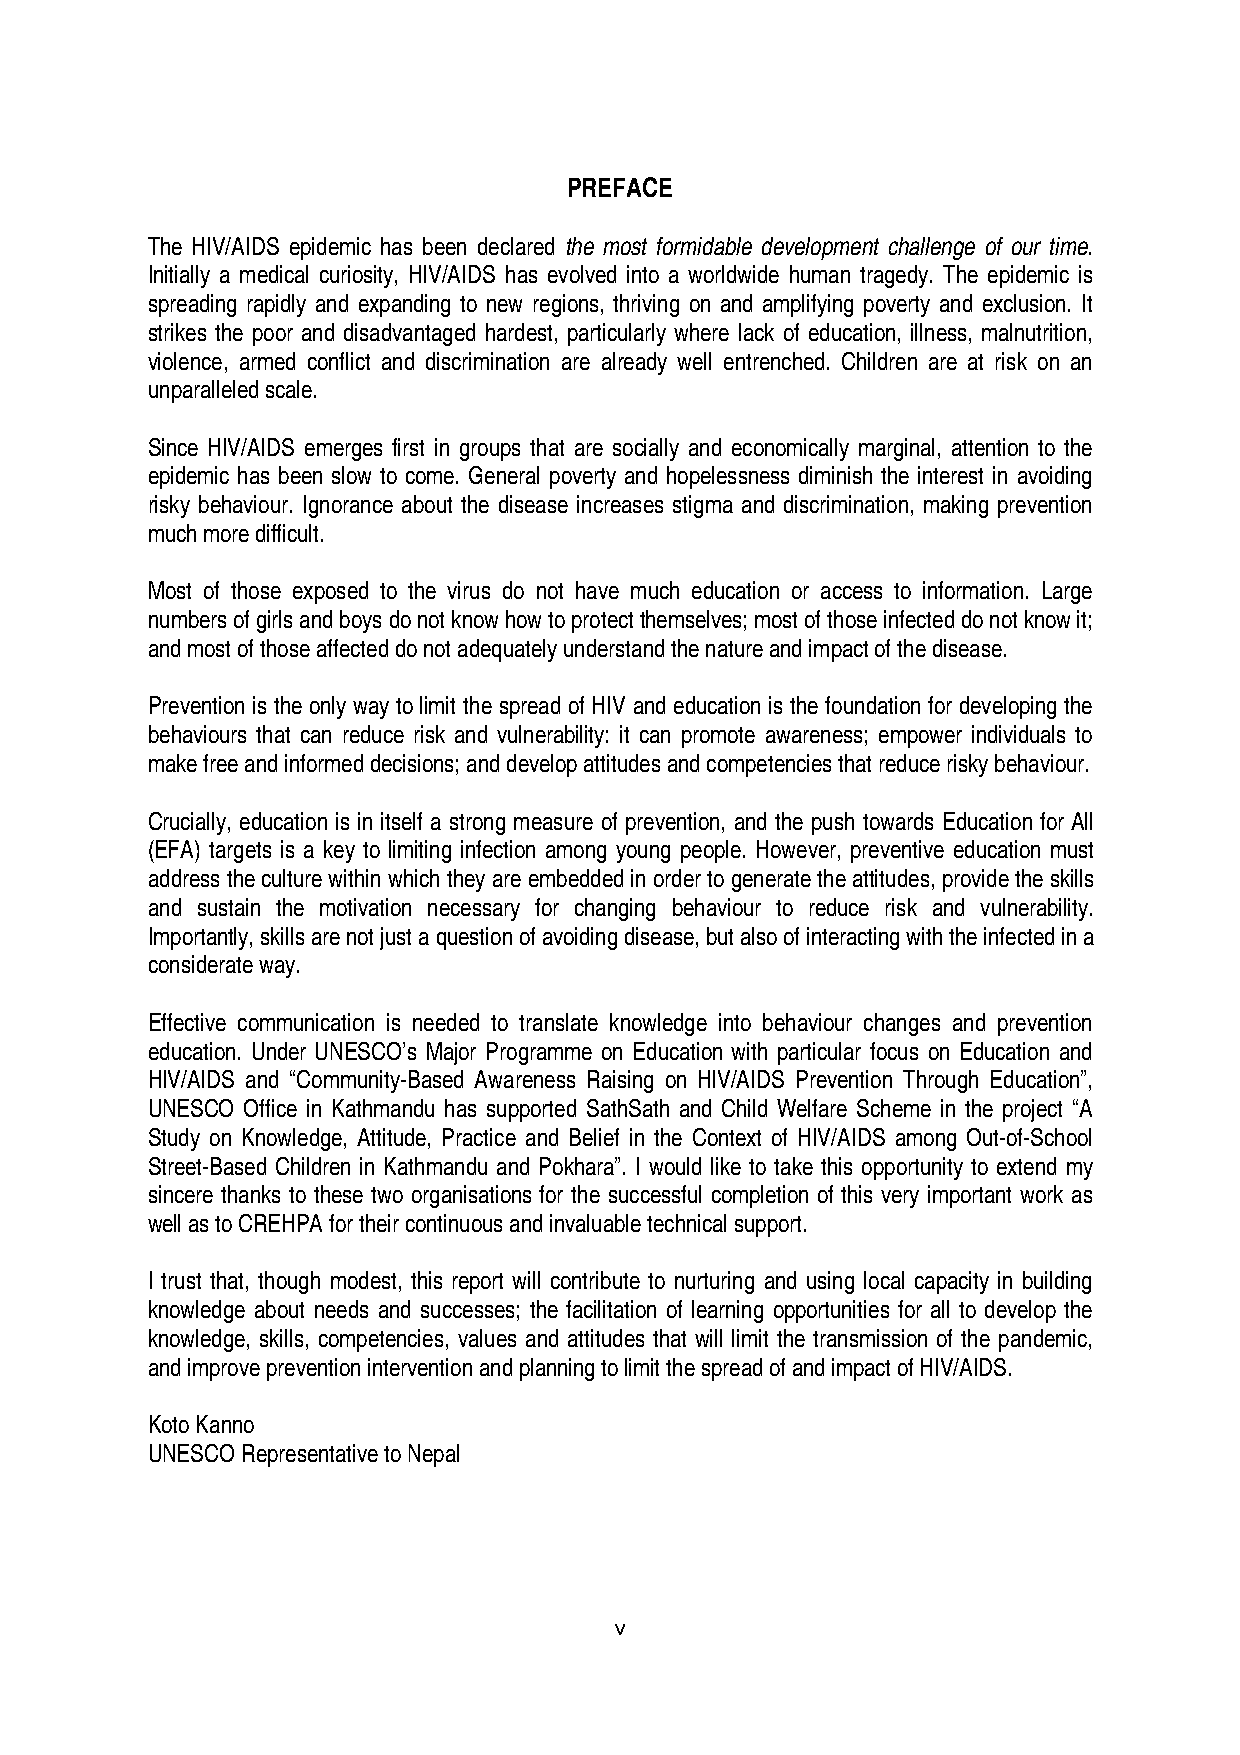
PREFACE
 The HIV/AIDS epidemic has been declared the most formidable development challenge of our time.
 Initially a medical curiosity, HIV/AIDS has evolved into a worldwide human tragedy. The epidemic is
 spreading rapidly and expanding to new regions, thriving on and amplifying poverty and exclusion. It
 strikes the poor and disadvantaged hardest, particularly where lack of education, illness, malnutrition,
 violence, armed conflict and discrimination are already well entrenched. Children are at risk on an
 unparalleled scale.
 Since HIV/AIDS emerges first in groups that are socially and economically marginal, attention to the
 epidemic has been slow to come. General poverty and hopelessness diminish the interest in avoiding
 risky behaviour. Ignorance about the disease increases stigma and discrimination, making prevention
 much more difficult.
 Most of those exposed to the virus do not have much education or access to information. Large
 numbers of girls and boys do not know how to protect themselves; most of those infected do not know it;
 and most of those affected do not adequately understand the nature and impact of the disease.
 Prevention is the only way to limit the spread of HIV and education is the foundation for developing the
 behaviours that can reduce risk and vulnerability: it can promote awareness; empower individuals to
 make free and informed decisions; and develop attitudes and competencies that reduce risky behaviour.
 Crucially, education is in itself a strong measure of prevention, and the push towards Education for All
 (EFA) targets is a key to limiting infection among young people. However, preventive education must
 address the culture within which they are embedded in order to generate the attitudes, provide the skills
 and sustain the motivation necessary for changing behaviour to reduce risk and vulnerability.
 Importantly, skills are not just a question of avoiding disease, but also of interacting with the infected in a
 considerate way.
 Effective communication is needed to translate knowledge into behaviour changes and prevention
 education. Under UNESCO’s Major Programme on Education with particular focus on Education and
 HIV/AIDS and “Community-Based Awareness Raising on HIV/AIDS Prevention Through Education”,
 UNESCO Office in Kathmandu has supported SathSath and Child Welfare Scheme in the project “A
 Study on Knowledge, Attitude, Practice and Belief in the Context of HIV/AIDS among Out-of-School
 Street-Based Children in Kathmandu and Pokhara”. I would like to take this opportunity to extend my
 sincere thanks to these two organisations for the successful completion of this very important work as
 well as to CREHPA for their continuous and invaluable technical support.
 I trust that, though modest, this report will contribute to nurturing and using local capacity in building
 knowledge about needs and successes; the facilitation of learning opportunities for all to develop the
 knowledge, skills, competencies, values and attitudes that will limit the transmission of the pandemic,
 and improve prevention intervention and planning to limit the spread of and impact of HIV/AIDS.
 Koto Kanno
 UNESCO Representative to Nepal
 v